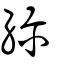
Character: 紾